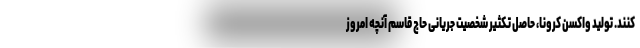
کنند. تولید واکسن کرونا، حاصل تکثیر شخصیت جریانی حاج قاسم آنچه امروز